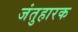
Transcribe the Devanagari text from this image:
जंतुहारक